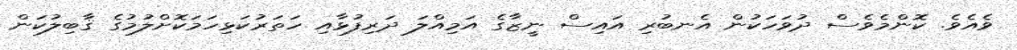
ވެއެވެ. ކޮންމެވެސް ދުވަހަކުން އެނބުރި އައިސް ނީޒާގެ އަމިއްލަ ދަރިފުޅާއި ހަތަރުކަޅިހަމަކޮށްލުމުގެ ޤާބިލުކަން